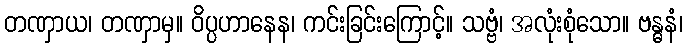
တဏှာယ၊ တဏှာမှ။ ဝိပ္ပဟာနေန၊ ကင်းခြင်းကြောင့်။ သဗ္ဗံ၊ အလုံးစုံသော။ ဗန္ဓနံ၊